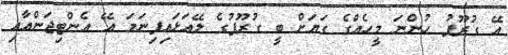
އޭ ގުރޫޕު ހުންނަ މީހެއްގެ ގަޔަށް ބީ ގުރޫޕުގެ ލޭއަޅައިފިނަމަ އޭ އެންޓިޖަންއާއި